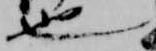
也